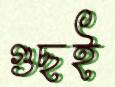
গুছই